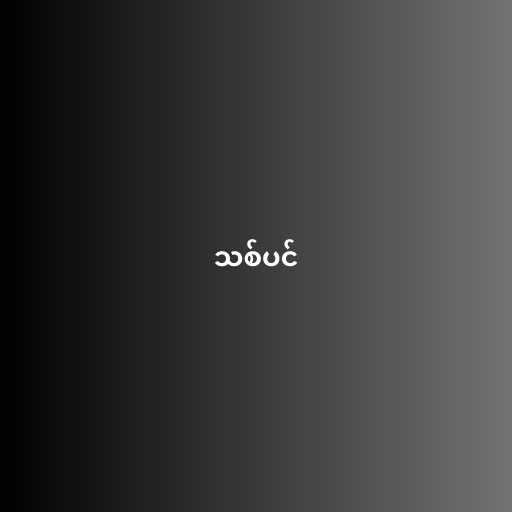
သစ်ပင်